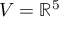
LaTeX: V = \mathbb { R } ^ { 5 }